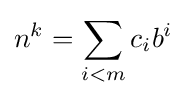
n^{k}=\sum _{i<m}c_{i}b^{i}